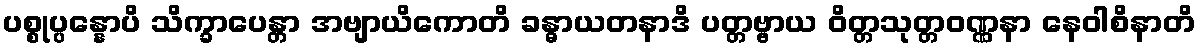
ပစ္စုပ္ပန္နောပိ သိက္ခာပေန္တာ အဗျာယိကောတိ ခန္ဓာယတနာဒိ ပတ္တဗ္ဗာယ ဝိတ္တသုတ္တဝဏ္ဏနာ နေဝါစိနာတိ